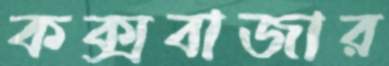
কক্সবাজার